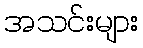
အသင်းများ